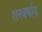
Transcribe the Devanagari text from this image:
शरवर्षाव